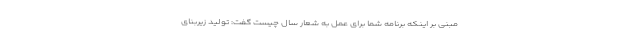
مبنی بر اینکه برنامه شما برای عمل به شعار سال چیست گفت: تولید زیربنای